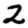
Digit: 2